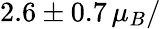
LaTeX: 2.6\pm 0.7\, \mu_{B}/